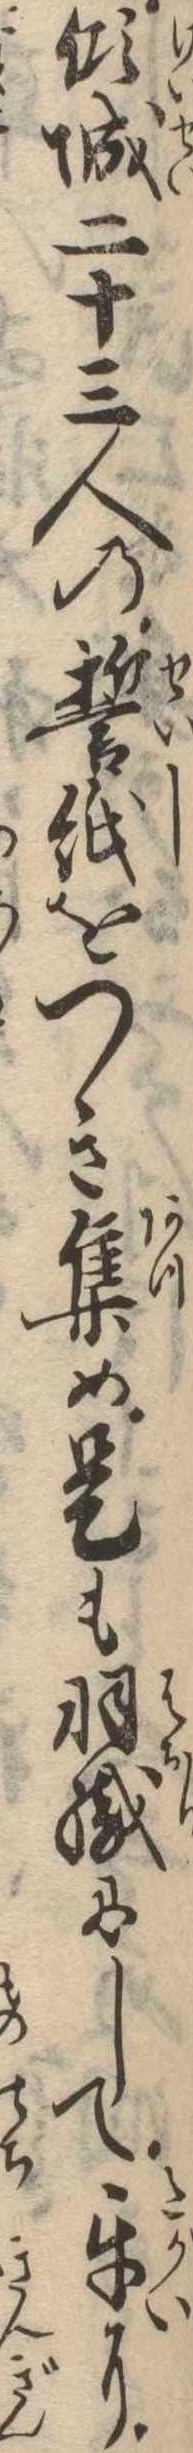
傾城二十三人の誓紙をつき集め是も羽織にして互に